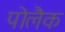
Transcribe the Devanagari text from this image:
पोलैक